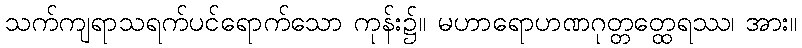
သက်ကျရာသရက်ပင်ရောက်သော ကုန်း၌။ မဟာရောဟဏဂုတ္တတ္ထေရဿ၊ အား။